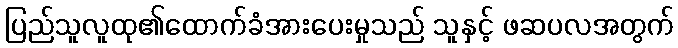
ပြည်သူလူထု၏ထောက်ခံအားပေးမှုသည် သူနှင့် ဖဆပလအတွက်